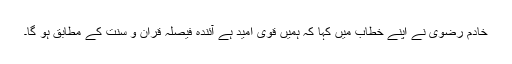
خادم رضوی نے اپنے خطاب میں کہا کہ ہمیں قوی امید ہے آئندہ فیصلہ قران و سنت کے مطابق ہو گا۔